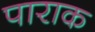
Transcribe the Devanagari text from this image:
पाराक